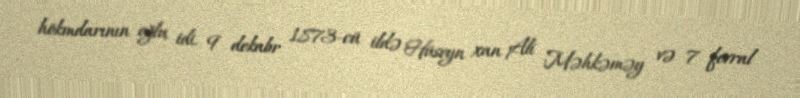
hökmdarının oğlu idi. 9 dekabr 1873-cü ildə Hüseyn xan Ali Məhkəməy və 7 fevral